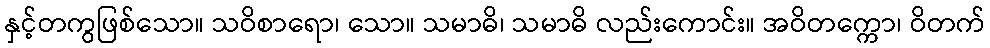
နှင့်တကွဖြစ်သော။ သဝိစာရော၊ သော။ သမာဓိ၊ သမာဓိ လည်းကောင်း။ အဝိတက္ကော၊ ဝိတက်